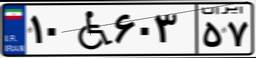
۱۰W۶۰۳۵۷